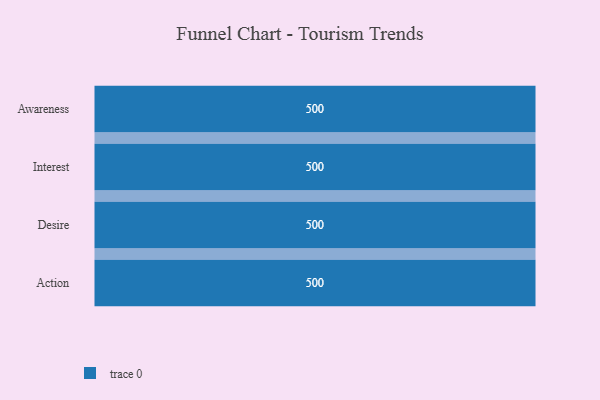
{"axis": {"x": "Stage", "y": "Value"}, "legend": [""], "data": [{"x": "Awareness", "y": 500, "type": ""}, {"x": "Interest", "y": 500, "type": ""}, {"x": "Desire", "y": 500, "type": ""}, {"x": "Action", "y": 500, "type": ""}]}